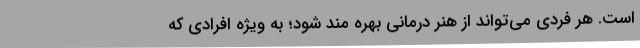
است. هر فردی می‌تواند از هنر درمانی بهره مند شود؛ به ویژه افرادی که